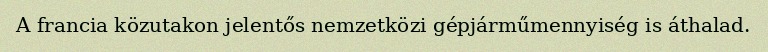
A francia közutakon jelentős nemzetközi gépjárműmennyiség is áthalad.